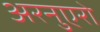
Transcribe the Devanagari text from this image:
अरनुएरो